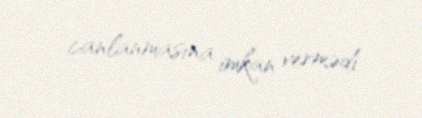
canlanmasına imkan vermədi.